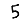
Digit: 5